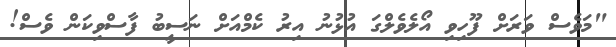
"މަވެސް ވަރަށް ފޫހިވި އޯލެވެލްގަ އުޅުނު އިރު ކެމްއަށް ނަސީބު ފާސްވިކަން ވެސް!